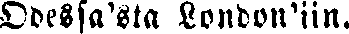
Odessa'sta London'iin.